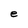
Character: e